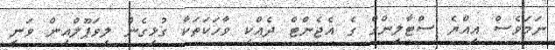
ނަމަވެސް އިއްޔެ ސްޓާލިންގް ގެ އެޖެންޓް ދެއްކި ވާހަކަތަކާ ގުޅިގެން ލިވަޕޫލްއިން ވަނީ